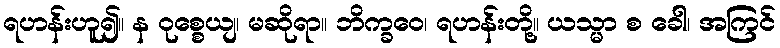
ရဟန်းဟူ၍။ န ဝုစ္စေယျ၊ မဆိုရာ။ ဘိက္ခဝေ၊ ရဟန်းတို့။ ယသ္မာ စ ခေါ၊ အကြင်